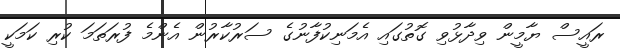
ރައީސް ޔާމީން ވިދާޅުވި ގޮތުގައި އެމަނިކުފާނުގެ ސަރުކާރުން އެންމެ ފުރަތަމަ ކުރި ކަމަކީ